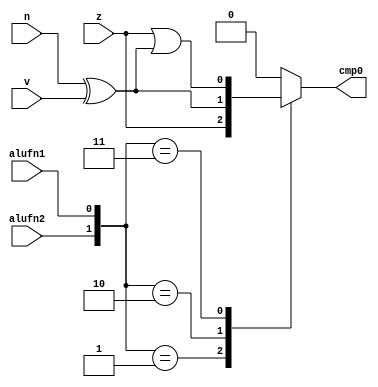
module compare16_18 (
    input alufn2,
    input alufn1,
    input z,
    input v,
    input n,
    output reg cmp0
  );
  
  
  
  always @* begin
    
    case ({alufn2, alufn1})
      2'h1: begin
        cmp0 = z;
      end
      2'h2: begin
        cmp0 = (n ^ v);
      end
      2'h3: begin
        cmp0 = z | (n ^ v);
      end
      default: begin
        cmp0 = 1'h0;
      end
    endcase
  end
endmodule